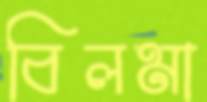
বিলমা